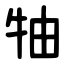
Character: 牰